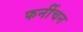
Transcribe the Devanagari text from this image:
फर्नीचन